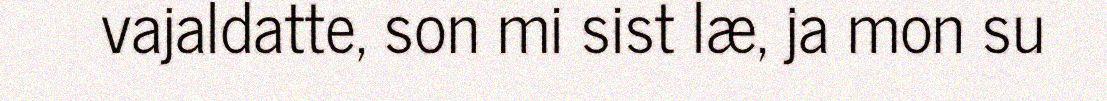
vajaldatte, son mi sist læ, ja mon su